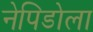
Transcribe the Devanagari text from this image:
नेपिडोला